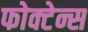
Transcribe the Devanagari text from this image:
फोक्टेन्स